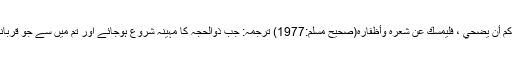
نبی ﷺ کا فرمان ہے : إذا رأيتم هلالَ ذي الحجةِ ، وأراد أحدكم أن يُضحِّي ، فليُمسك عن شعرِهِ وأظفارِهِ(صحيح مسلم:1977) ترجمہ: جب ذوالحجہ کا مہینہ شروع ہوجائے اور تم میں سے جو قربانی کرنے کا ارادہ کرے تو وہ اپنے بال اور ناخن نہ کاٹے۔